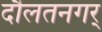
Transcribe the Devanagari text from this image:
दौलतनगर्